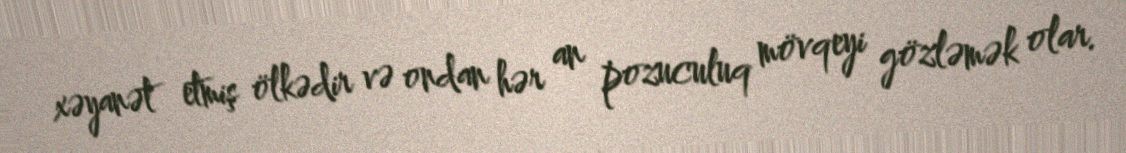
xəyanət etmiş ölkədir və ondan hər an pozuculuq mövqeyi gözləmək olar.